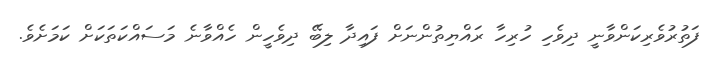
ފަތުރުވެރިކަންވާނީ ދިވެހި ހުރިހާ ރައްޔިތުންނަށް ފައިދާ ލިބޭ ދިވެހީން ހެއްވާނެ މަސައްކަތަކަށް ކަމަށެވެ.